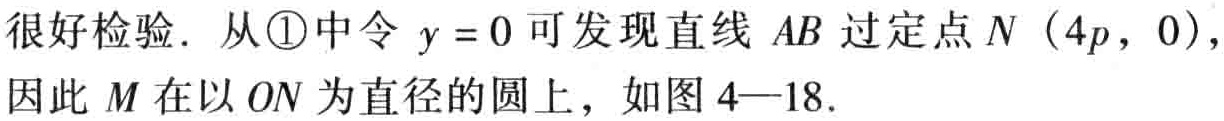
很好检验．从\textcircled{1}中令 \(y = 0\) 可发现直线 \(AB\) 过定点 \(N\)（\(4p\)，\(0\)），因此 \(M\) 在以 \(ON\) 为直径的圆上，如图 \(4—18\)．